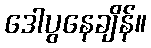
ဒေါပွနေချိန်။